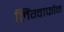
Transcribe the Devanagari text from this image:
लिंग्वाफोन